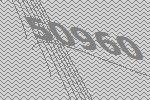
50960